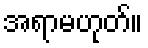
အရာမဟုတ်။